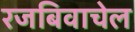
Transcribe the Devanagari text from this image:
रजबिवाचेल